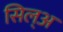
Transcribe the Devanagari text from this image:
सिल्‌अ